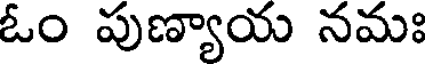
ఓం పుణ్యాయ నమః